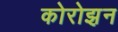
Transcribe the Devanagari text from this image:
कोरोझ़न